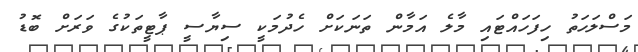
މަސްލަހަތު ހިފަހައްޓައި މާލެ އަމާން ތަނަކަށް ހެދުމަކީ ސިޔާސީ ޕާޓީތަކުގެ ވަރަށް ބޮޑު